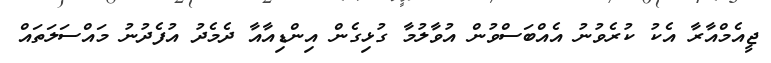
ޖީއެމްއާރާ އެކު ކުރެވުނު އެއްބަސްވުން އުވާލުމާ ގުޅިގެން އިންޑިއާއާ ދެމެދު އުފެދުނު މައްސަލަތައް